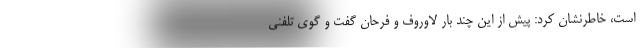
است، خاطرنشان کرد: پیش از این چند بار لاوروف و فرحان گفت و گوی تلفنی